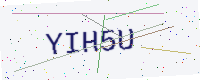
Text: YIH5U